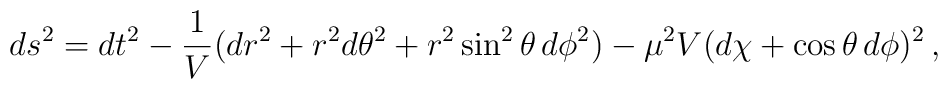
ds^{2}=dt^{2}-\frac{1}{V}(dr^{2}+r^{2}d\theta^{2}+ r^{2}\sin^{2}\theta\, d\phi^{2})-\mu^{2}V(d\chi+\cos\theta\, d\phi)^{2}\,,